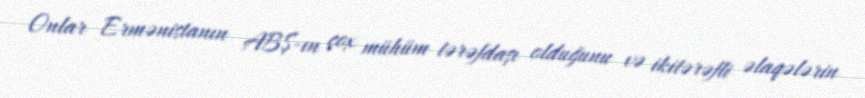
Onlar Ermənistanın ABŞ-ın çox mühüm tərəfdaşı olduğunu və ikitərəfli əlaqələrin